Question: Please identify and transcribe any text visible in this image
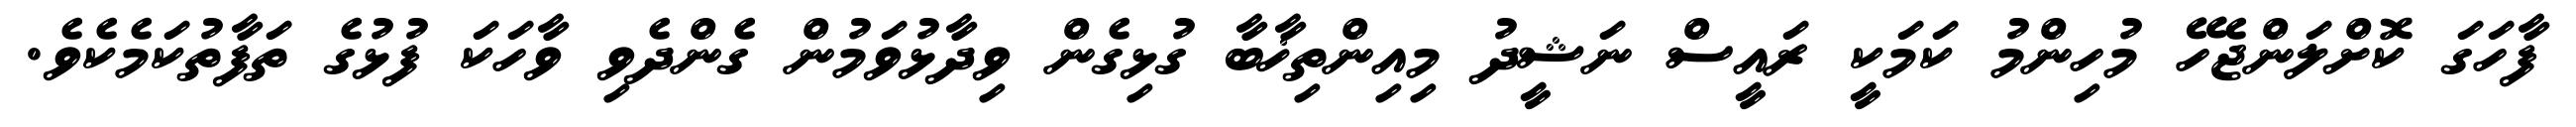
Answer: ފާހަގަ ކޮށްލަންޖެހޭ މުހިންމު ކަމަކީ ރައީސް ނަޝީދު މިއިންތިޚާބާ ގުޅިގެން ވިދާޅުވަމުން ގެންދެވި ވާހަކަ ފުޅުގެ ތަފާތުކަމެކެވެ.